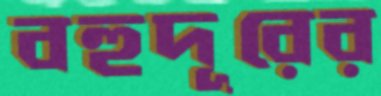
বহুদূরের